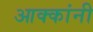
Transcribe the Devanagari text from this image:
आक्कांनी